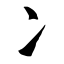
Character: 冫